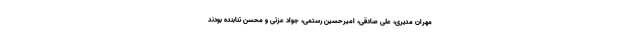
مهران مدیری، علی صادقی، امیرحسین رستمی، جواد عزتی و محسن تنابنده بودند